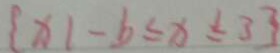
\{ x 1 - b \leq x \leq 3 \}